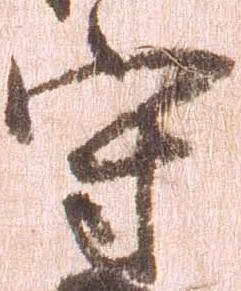
守